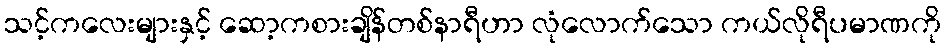
သင့်ကလေးများနှင့် ဆော့ကစားချိန်တစ်နာရီဟာ လုံလောက်သော ကယ်လိုရီပမာဏကို